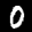
Label: 0